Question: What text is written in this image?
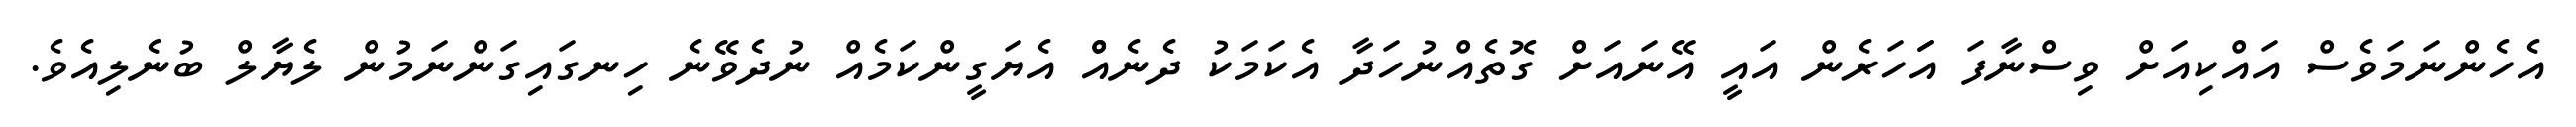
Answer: އެހެންނަމަވެސް އައްކިއަށް ވިސްނާފަ އަަހަރެން އައީ އޭނައަށް ގޮތެއްނުހަދާ އެކަމަކު ދެނެއްް އެޔަގީންކަމެއް ނުދެވޭނެ ހިނގައިގަންނަމުން ލެޔާލް ބުނެލިއެވެ.